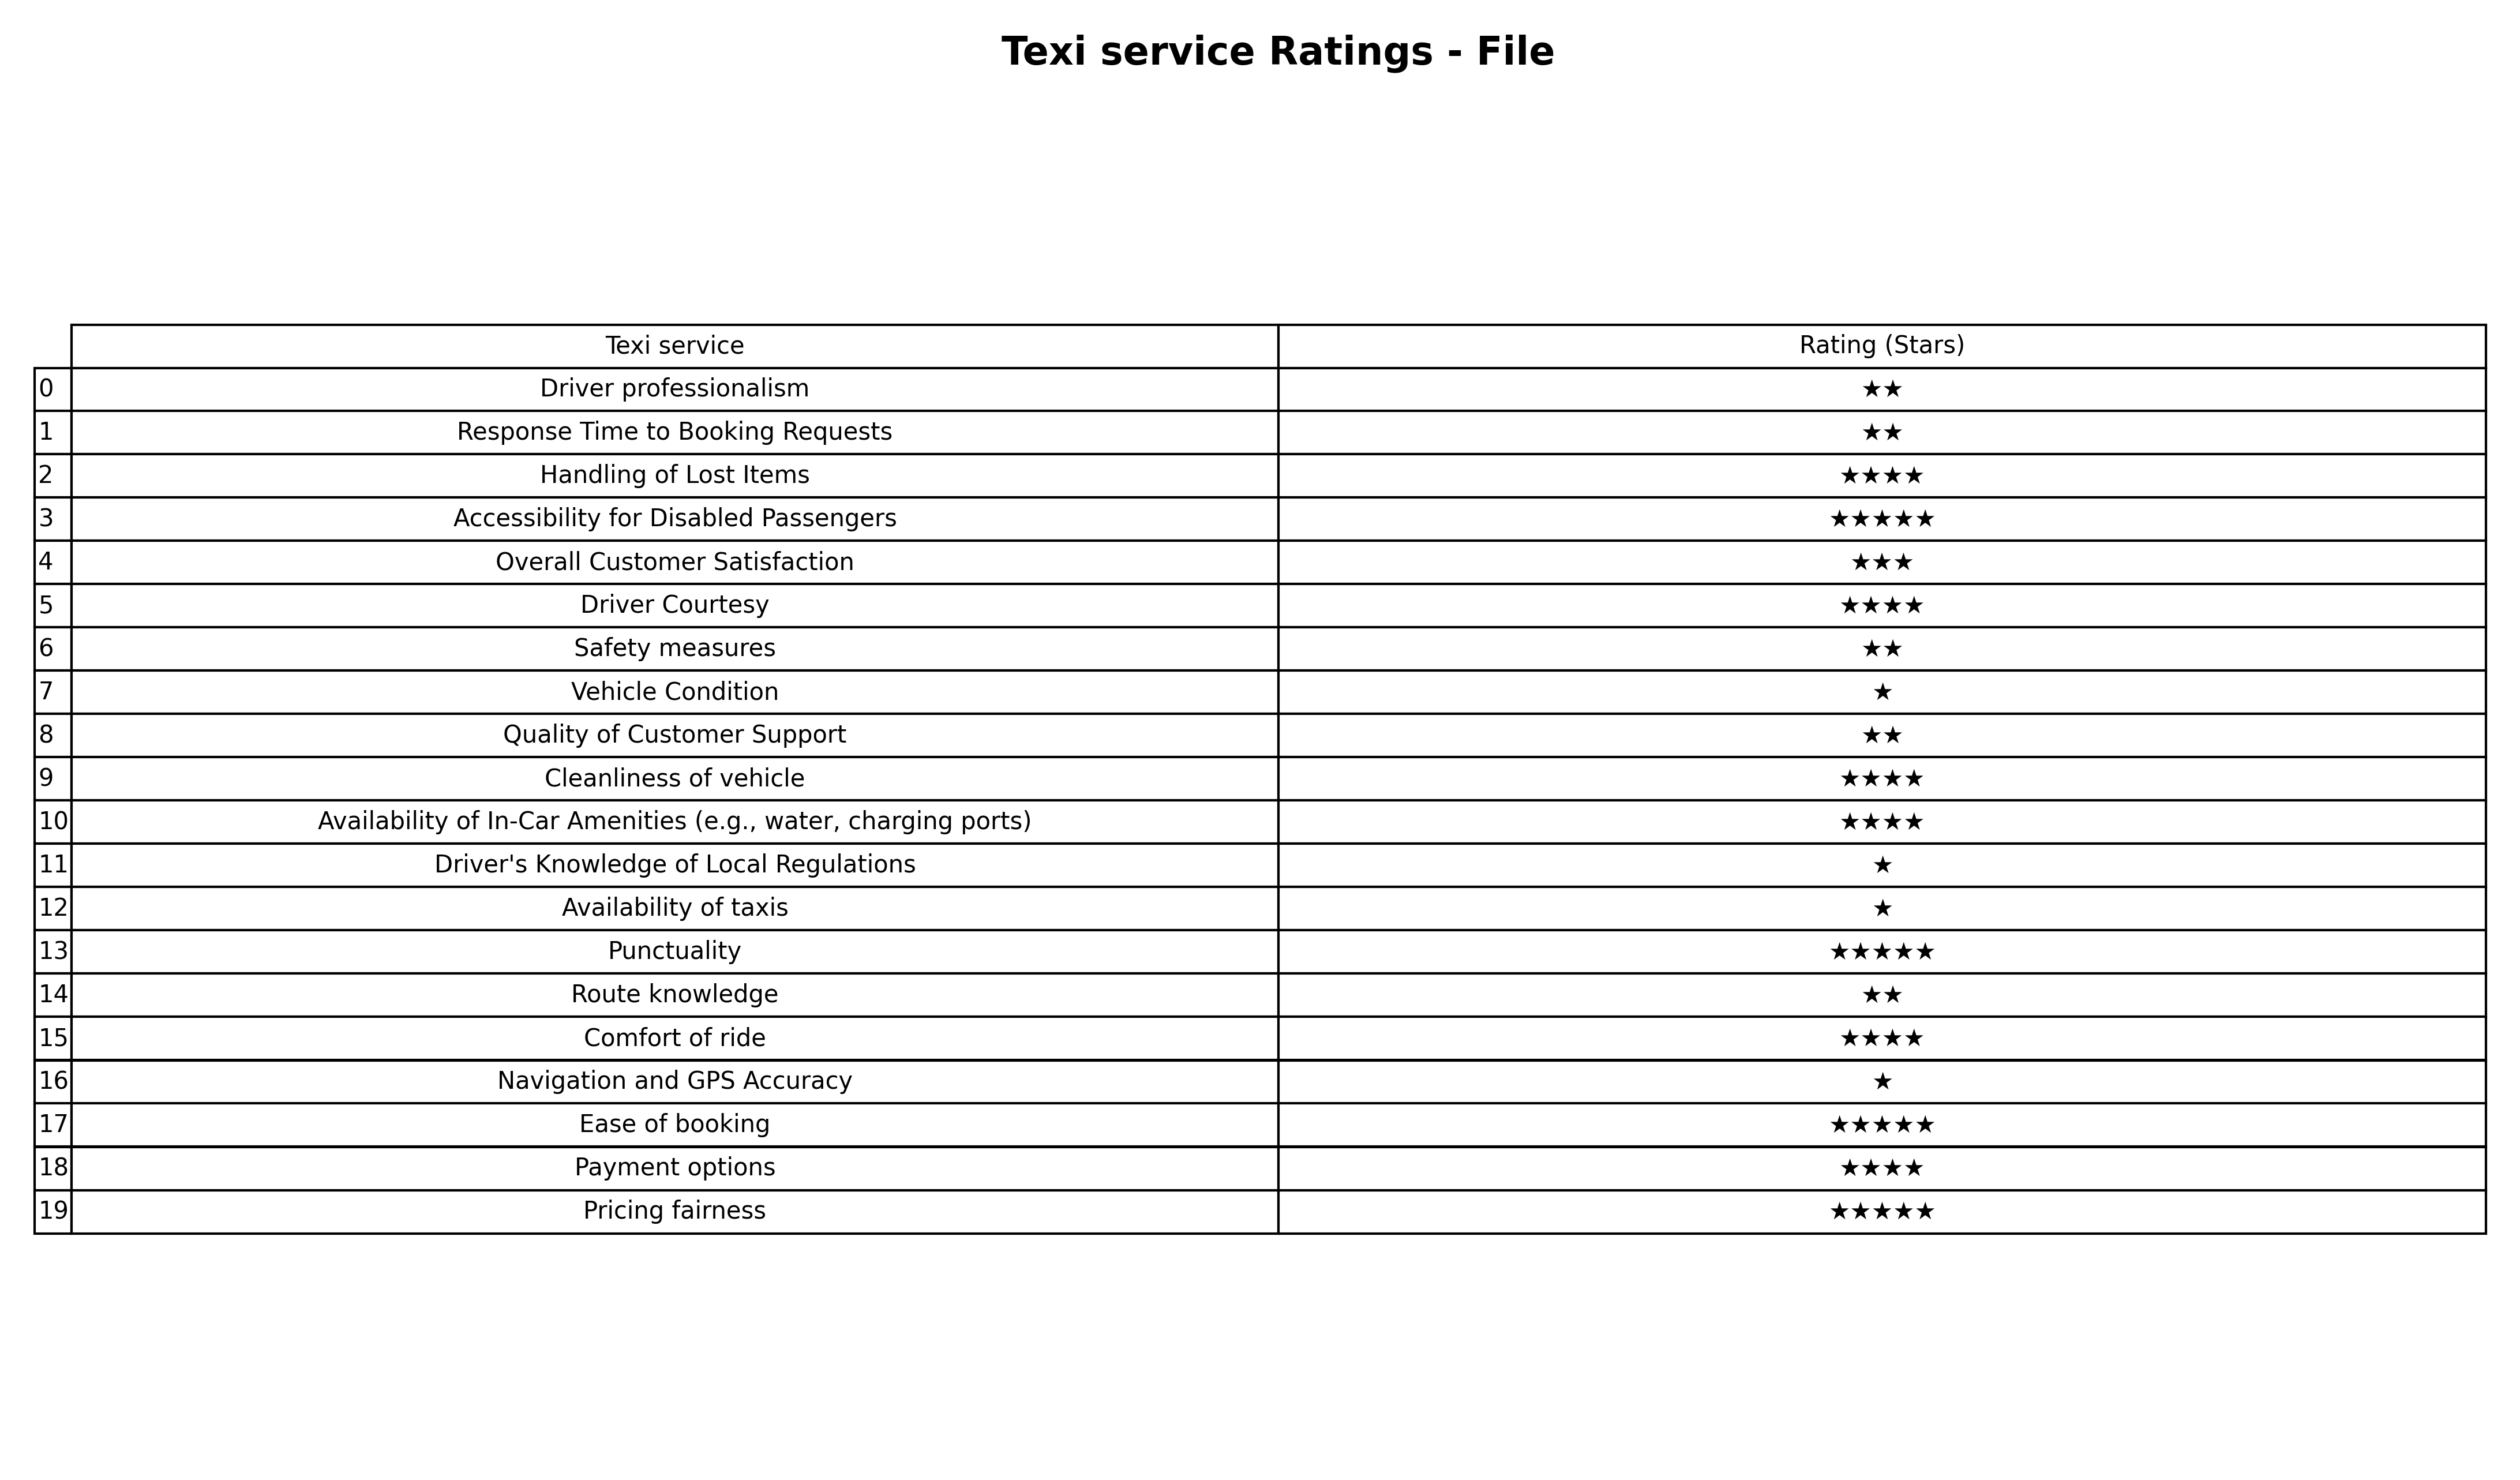
question: What are lowest rating services?
answer: Overall Customer Satisfaction